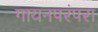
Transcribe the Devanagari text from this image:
गायनपरंपरा